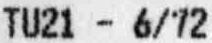
TU21 - 6/72